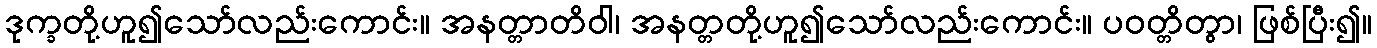
ဒုက္ခတို့ဟူ၍သော်လည်းကောင်း။ အနတ္တာတိဝါ၊ အနတ္တတို့ဟူ၍သော်လည်းကောင်း။ ပဝတ္တိတွာ၊ ဖြစ်ပြီး၍။